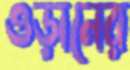
ওড়ানের